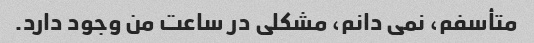
متأسفم، نمی دانم، مشکلی در ساعت من وجود دارد.